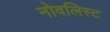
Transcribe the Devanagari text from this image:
नोवलिस्ट